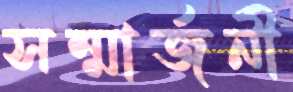
সম্মার্জনী